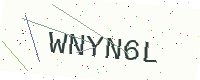
Text: WNYN6L